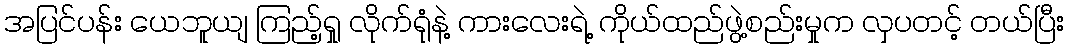
အပြင်ပန်း ယေဘူယျ ကြည့်ရှု လိုက်ရုံနဲ့ ကားလေးရဲ့ ကိုယ်ထည်ဖွဲ့စည်းမှုက လှပတင့် တယ်ပြီး